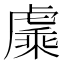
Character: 𬟯